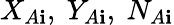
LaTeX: X_{A\mathbf{i}},~Y_{A\mathbf{i}},~N_{A\mathbf{i}}